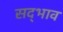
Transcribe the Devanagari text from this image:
सद्‍भाव